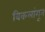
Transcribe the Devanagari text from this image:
विकलांगून